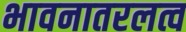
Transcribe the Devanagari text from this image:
भावनातरलत्व